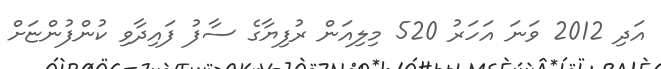
އަދި 2012 ވަނަ އަހަރު 520 މިލިއަން ރުފިޔާގެ ސާފު ފައިދާވި ކުންފުންޏަށް